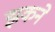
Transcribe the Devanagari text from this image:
झकने